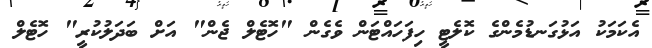
އެކަމަކު އަޅުގަނޑުމެންގެ ކޮލެޓީ ހިފަހައްޓަން ވެގެން "ހޮޓެލް ޖެން" އަށް ބަދަލުކުރީ" ހޮޓެލް